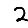
Digit: 2